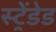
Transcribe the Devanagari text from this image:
स्ट्रेंडेड